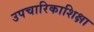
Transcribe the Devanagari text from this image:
उपचारिकाशिक्षा